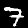
Label: 7